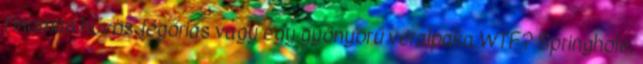
finoman hűvös jégóriás vagy egy gyönyörű véralpaka WTF? Springhole,